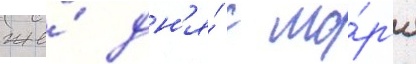
же́ дн'я́ с мо́р'я